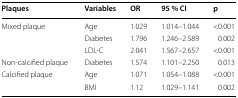
<table><thead><tr><td><b>Plaques</b></td><td><b>Variables</b></td><td><b>OR</b></td><td><b>95 % CI</b></td><td><b>p</b></td></tr></thead><tbody><tr><td>Mixed plaque</td><td>Age</td><td>1.029</td><td>1.014–1.044</td><td>&lt;0.001</td></tr><tr><td></td><td>Diabetes</td><td>1.796</td><td>1.246–2.589</td><td>0.002</td></tr><tr><td></td><td>LDL-C</td><td>2.041</td><td>1.567–2.657</td><td>&lt;0.001</td></tr><tr><td>Non-calcified plaque</td><td>Diabetes</td><td>1.574</td><td>1.101–2.250</td><td>0.013</td></tr><tr><td>Calcified plaque</td><td>Age</td><td>1.071</td><td>1.054–1.088</td><td>&lt;0.001</td></tr><tr><td></td><td>BMI</td><td>1.12</td><td>1.029–1.141</td><td>0.002</td></tr></tbody></table>